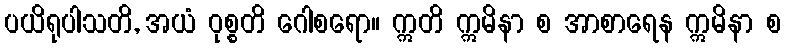
ပယိရုပါသတိ, အယံ ဝုစ္စတိ ဂေါစရော။ ဣတိ ဣမိနာ စ အာစာရေန ဣမိနာ စ